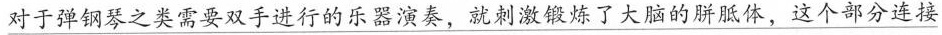
\underline{对于弹钢琴之类需要双手进行的乐器演奏，就刺激锻炼了大脑的朕胀体，这个部分连接}